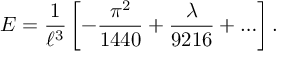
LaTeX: { \cal E } = \frac { 1 } { \ell ^ { 3 } } \left[ - \frac { \pi ^ { 2 } } { 1 4 4 0 } + \frac { \lambda } { 9 2 1 6 } + \ldots \right] .